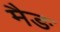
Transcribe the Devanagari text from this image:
मैङ